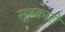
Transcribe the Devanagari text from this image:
सूत्रकारों